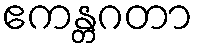
ဧကန္တဂတာ